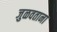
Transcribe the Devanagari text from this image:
जुळवताना